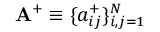
\mathbf { A } ^ { + } \equiv \{ a _ { i j } ^ { + } \} _ { i , j = 1 } ^ { N }